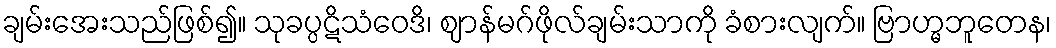
ချမ်းအေးသည်ဖြစ်၍။ သုခပ္ပဋိသံဝေဒိ၊ ဈာန်မဂ်ဖိုလ်ချမ်းသာကို ခံစားလျက်။ ဗြာဟ္မဘူတေန၊